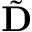
\tilde { \mathbf { D } }